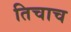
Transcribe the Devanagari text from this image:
तिचाच